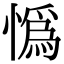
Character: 𢠿